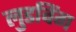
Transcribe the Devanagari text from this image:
लुडविंग